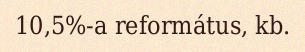
10,5%-a református, kb.